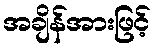
အချိန်အားဖြင့်